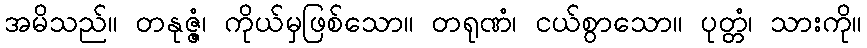
အမိသည်။ တနုဇ္ဇံ၊ ကိုယ်မှဖြစ်သော။ တရုဏံ၊ ငယ်စွာသော။ ပုတ္တံ၊ သားကို။